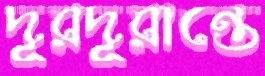
দূরদূরান্তে